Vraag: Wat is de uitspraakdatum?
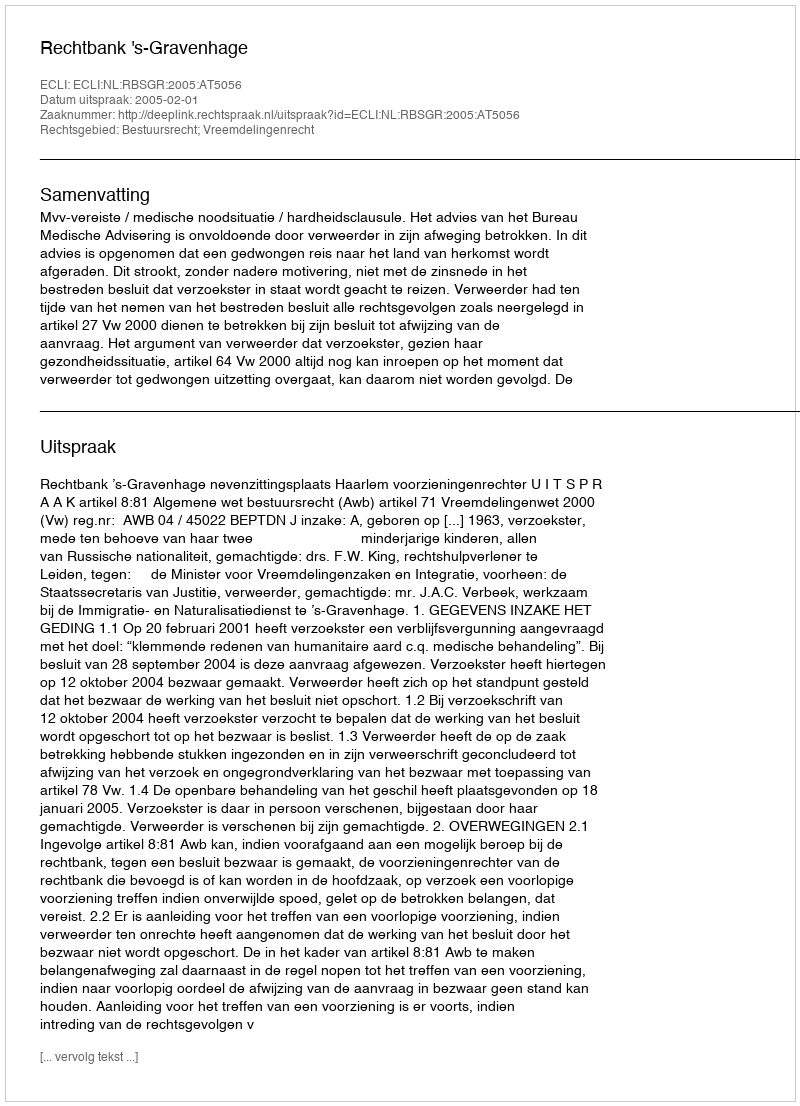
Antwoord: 2005-02-01